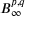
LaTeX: B _ { \infty } ^ { p , q }